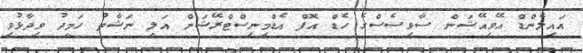
އައިލެންޑް އޭވިއޭޝަން ސާވިސެސްގެ ހެޑް އޮފް އެޑްމިނިސްޓްރޭޝަން އަލީ ނަޝާތު ހަމީދު ވިދާޅުވި